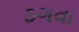
ઠગવા